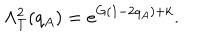
LaTeX: \Lambda _ { T } ^ { 2 } ( q _ { A } ) = e ^ { G ( 1 - 2 q _ { A } ) + k } .